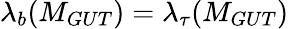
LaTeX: \lambda_{b}(M_{GUT})=\lambda_{\tau}(M_{GUT})